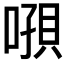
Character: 𰈝